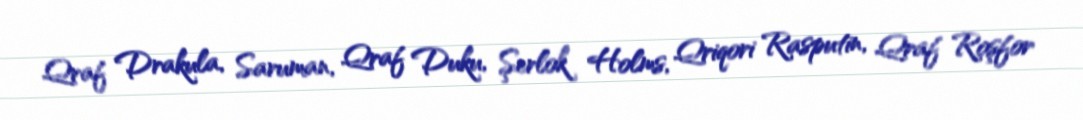
Qraf Drakula, Saruman, Qraf Duku, Şerlok Holms, Qriqori Rasputin, Qraf Roşfor